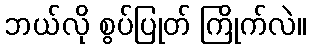
ဘယ်လို စွပ်ပြုတ် ကြိုက်လဲ။